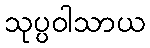
သုပ္ပဝါသာယ